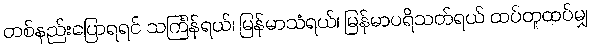
တစ်နည်းပြောရရင် သင်္ကြန်ရယ်၊ မြန်မာသံရယ်၊ မြန်မာပရိသတ်ရယ် ထပ်တူထပ်မျှ